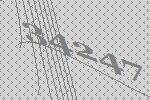
34247